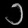
Digit: ၁